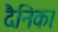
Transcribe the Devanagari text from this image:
दैनिक।